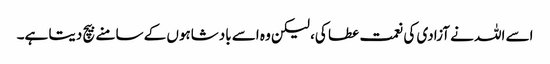
اسے اللہ نے آزادی کی نعمت عطا کی، لیکن وہ اسے بادشاہوں کے سامنے بیچ دیتا ہے۔